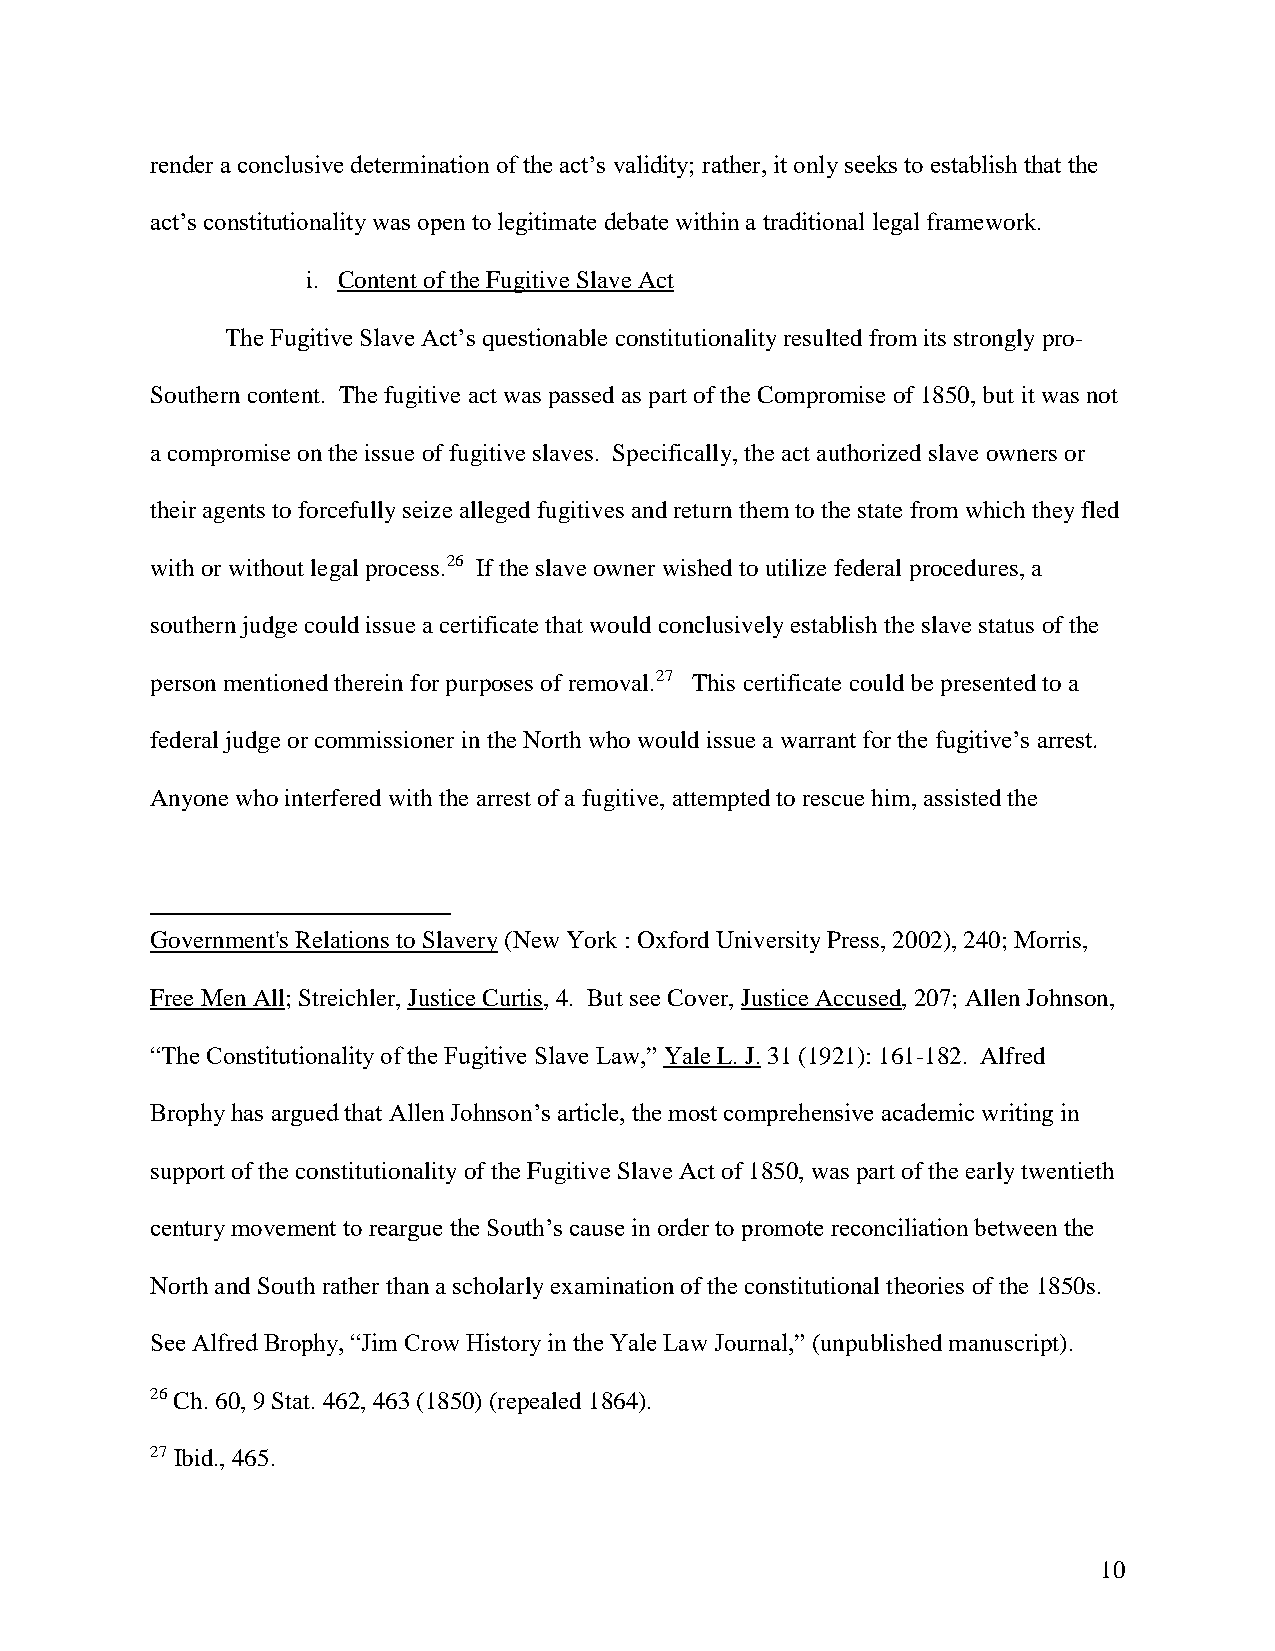
render a conclusive determination of the act’s validity; rather, it only seeks to establish that the
 act’s constitutionality was open to legitimate debate within a traditional legal framework.
 i. Content of the Fugitive Slave Act
 The Fugitive Slave Act’s questionable constitutionality resulted from its strongly pro-
 Southern content. The fugitive act was passed as part of the Compromise of 1850, but it was not
 a compromise on the issue of fugitive slaves. Specifically, the act authorized slave owners or
 their agents to forcefully seize alleged fugitives and return them to the state from which they fled
 with or without legal process.26 If the slave owner wished to utilize federal procedures, a
 southern judge could issue a certificate that would conclusively establish the slave status of the
 person mentioned therein for purposes of removal.27 This certificate could be presented to a
 federal judge or commissioner in the North who would issue a warrant for the fugitive’s arrest.
 Anyone who interfered with the arrest of a fugitive, attempted to rescue him, assisted the
 Government's Relations to Slavery (New York : Oxford University Press, 2002), 240; Morris,
 Free Men All; Streichler, Justice Curtis, 4. But see Cover, Justice Accused, 207; Allen Johnson,
 “The Constitutionality of the Fugitive Slave Law,” Yale L. J. 31 (1921): 161-182. Alfred
 Brophy has argued that Allen Johnson’s article, the most comprehensive academic writing in
 support of the constitutionality of the Fugitive Slave Act of 1850, was part of the early twentieth
 century movement to reargue the South’s cause in order to promote reconciliation between the
 North and South rather than a scholarly examination of the constitutional theories of the 1850s.
 See Alfred Brophy, “Jim Crow History in the Yale Law Journal,” (unpublished manuscript).
 26 Ch. 60, 9 Stat. 462, 463 (1850) (repealed 1864).
 27 Ibid., 465.
 10